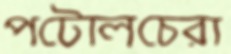
পটোলচেরা